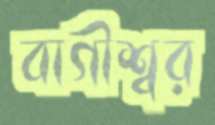
বাগীশ্বর